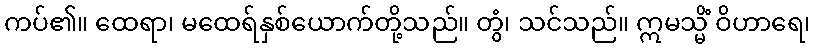
ကပ်၏။ ထေရာ၊ မထေရ်နှစ်ယောက်တို့သည်။ တွံ၊ သင်သည်။ ဣမသ္မိံ ဝိဟာရေ၊